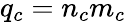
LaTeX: q_{c}=n_{c}m_{c}